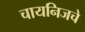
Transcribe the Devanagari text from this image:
चायनिजचे